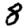
Digit: 8